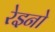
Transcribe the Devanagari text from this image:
रेइनो